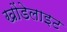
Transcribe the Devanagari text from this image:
खोंडेलाइट